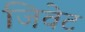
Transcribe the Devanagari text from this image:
जिवेट